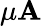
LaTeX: \mu\mathbf{A}